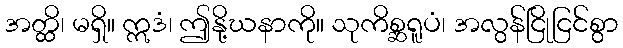
အတ္ထိ၊ မရှိ။ ဣဒံ၊ ဤနို့ဃနာကို။ သုကိစ္ဆရူပံ၊ အလွန်ငြိုငြင်စွာ